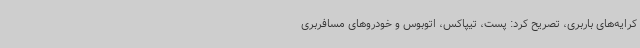
کرایه‌های باربری، تصریح کرد: پست، تیپاکس، اتوبوس و خودروهای مسافربری